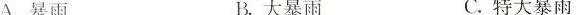
A.暴雨 B.大暴雨 C.特大暴雨